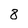
Character: 8